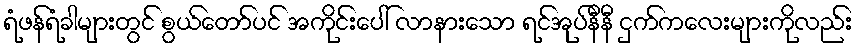
ရံဖန်ရံခါများတွင် စွယ်တော်ပင် အကိုင်းပေါ် လာနားသော ရင်အုပ်နီနီ ငှက်ကလေးများကိုလည်း